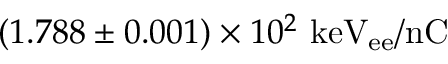
( 1 . 7 8 8 \pm 0 . 0 0 1 ) \times 1 0 ^ { 2 } ~ \mathrm { k e V _ { e e } / n C }